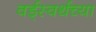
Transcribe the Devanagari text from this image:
वर्ड्‌स्वर्थच्या